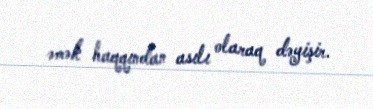
əmək haqqından asılı olaraq dəyişir.